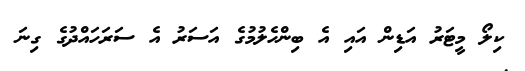
ކިލޯ މީޓަރު އަޑިން އައި އެ ބިންހެލުމުގެ އަސަރު އެ ސަރަހައްދުގެ ގިނަ